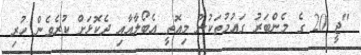
"ޖީ 20 ގެ މެންބަރު ގައުމުތަކުން މިއޮތީ އެބޯލާއާއި ދެކޮޅަށް ކުރެވެން ހުރި